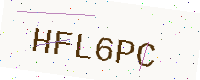
Text: HFL6PC